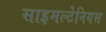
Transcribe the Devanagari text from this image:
साइमल्टेनियस